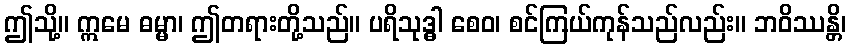
ဤသို့။ ဣမေ ဓမ္မာ၊ ဤတရားတို့သည်။ ပရိသုဒ္ဓါ စေဝ၊ စင်ကြယ်ကုန်သည်လည်း။ ဘဝိဿန္တိ၊